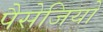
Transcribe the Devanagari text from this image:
पैसेजियो